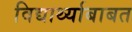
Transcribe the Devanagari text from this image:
विद्यार्थ्याबाबत